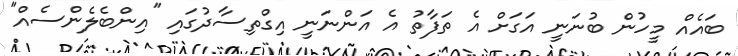
ބައެއް މީހުން ބުނަނީ އަގަށް އެ ތަފާތު އެ އަންނަނީ އިގްތިސާދުގައި "އިންބެލެންސެއް"